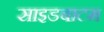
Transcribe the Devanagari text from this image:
साइडबाटम